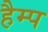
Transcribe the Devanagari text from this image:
हैम्प